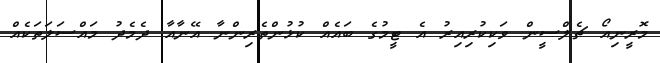
މޮރީނިއޯ ޗެލްސީން ވަކިކުރިއިރު އެ ޓީމުގެ ބައެއް ކުޅުންތެރިންނާ އޭނާއާ ދެމެދު މައްސަލަތަކެއް